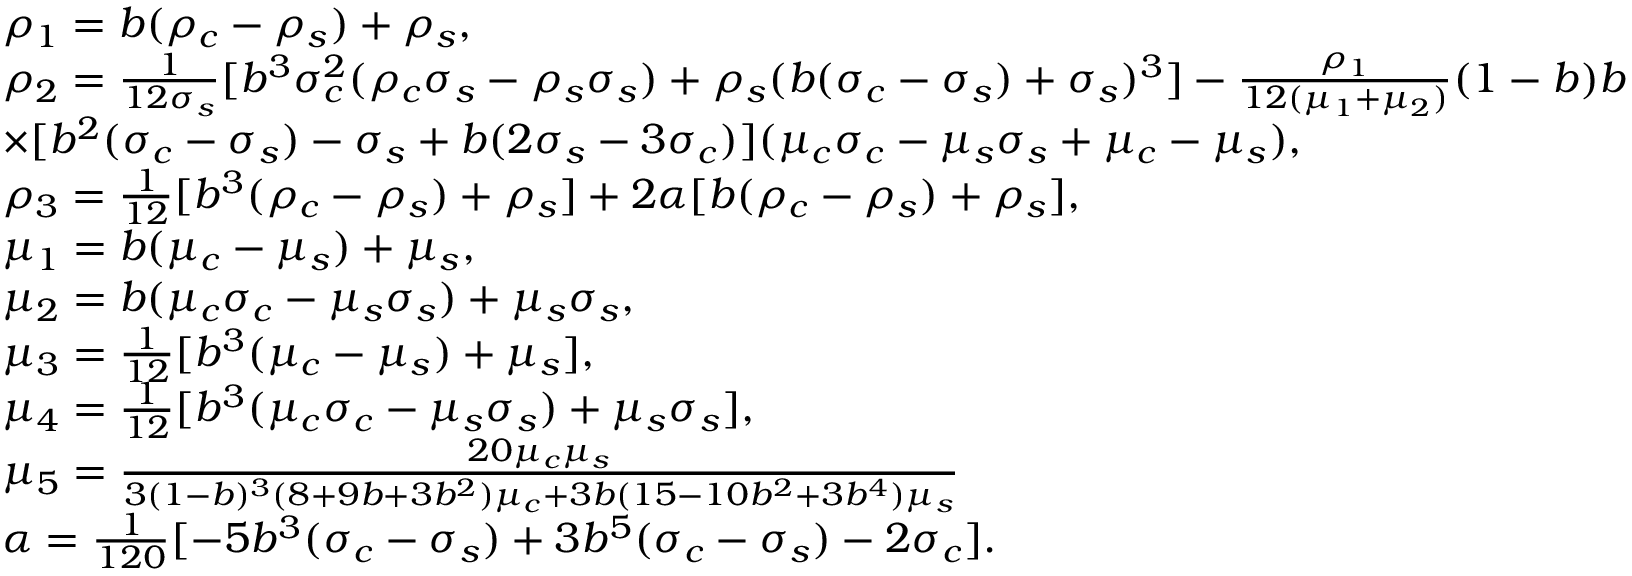
\begin{array} { r l } & { \rho _ { 1 } = b ( \rho _ { c } - \rho _ { s } ) + \rho _ { s } , } \\ & { \rho _ { 2 } = \frac { 1 } { 1 2 \sigma _ { s } } [ b ^ { 3 } \sigma _ { c } ^ { 2 } ( \rho _ { c } \sigma _ { s } - \rho _ { s } \sigma _ { s } ) + \rho _ { s } ( b ( \sigma _ { c } - \sigma _ { s } ) + \sigma _ { s } ) ^ { 3 } ] - \frac { \rho _ { 1 } } { 1 2 ( \mu _ { 1 } + \mu _ { 2 } ) } ( 1 - b ) b } \\ & { \times [ b ^ { 2 } ( \sigma _ { c } - \sigma _ { s } ) - \sigma _ { s } + b ( 2 \sigma _ { s } - 3 \sigma _ { c } ) ] ( \mu _ { c } \sigma _ { c } - \mu _ { s } \sigma _ { s } + \mu _ { c } - \mu _ { s } ) , } \\ & { \rho _ { 3 } = \frac { 1 } { 1 2 } [ b ^ { 3 } ( \rho _ { c } - \rho _ { s } ) + \rho _ { s } ] + 2 \alpha [ b ( \rho _ { c } - \rho _ { s } ) + \rho _ { s } ] , } \\ & { \mu _ { 1 } = b ( \mu _ { c } - \mu _ { s } ) + \mu _ { s } , } \\ & { \mu _ { 2 } = b ( \mu _ { c } \sigma _ { c } - \mu _ { s } \sigma _ { s } ) + \mu _ { s } \sigma _ { s } , } \\ & { \mu _ { 3 } = \frac { 1 } { 1 2 } [ b ^ { 3 } ( \mu _ { c } - \mu _ { s } ) + \mu _ { s } ] , } \\ & { \mu _ { 4 } = \frac { 1 } { 1 2 } [ b ^ { 3 } ( \mu _ { c } \sigma _ { c } - \mu _ { s } \sigma _ { s } ) + \mu _ { s } \sigma _ { s } ] , } \\ & { \mu _ { 5 } = \frac { 2 0 \mu _ { c } \mu _ { s } } { 3 ( 1 - b ) ^ { 3 } ( 8 + 9 b + 3 b ^ { 2 } ) \mu _ { c } + 3 b ( 1 5 - 1 0 b ^ { 2 } + 3 b ^ { 4 } ) \mu _ { s } } } \\ & { \alpha = \frac { 1 } { 1 2 0 } [ - 5 b ^ { 3 } ( \sigma _ { c } - \sigma _ { s } ) + 3 b ^ { 5 } ( \sigma _ { c } - \sigma _ { s } ) - 2 \sigma _ { c } ] . } \end{array}